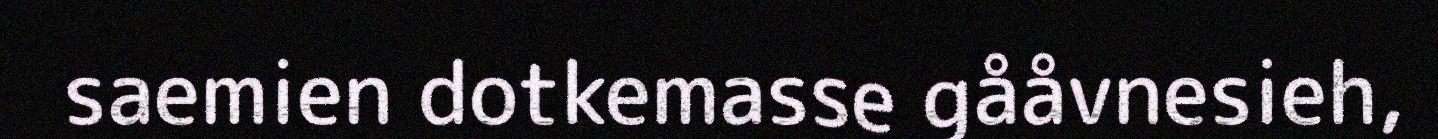
saemien dotkemasse gååvnesieh,